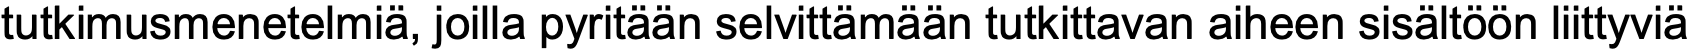
tutkimusmenetelmiä, joilla pyritään selvittämään tutkittavan aiheen sisältöön liittyviä